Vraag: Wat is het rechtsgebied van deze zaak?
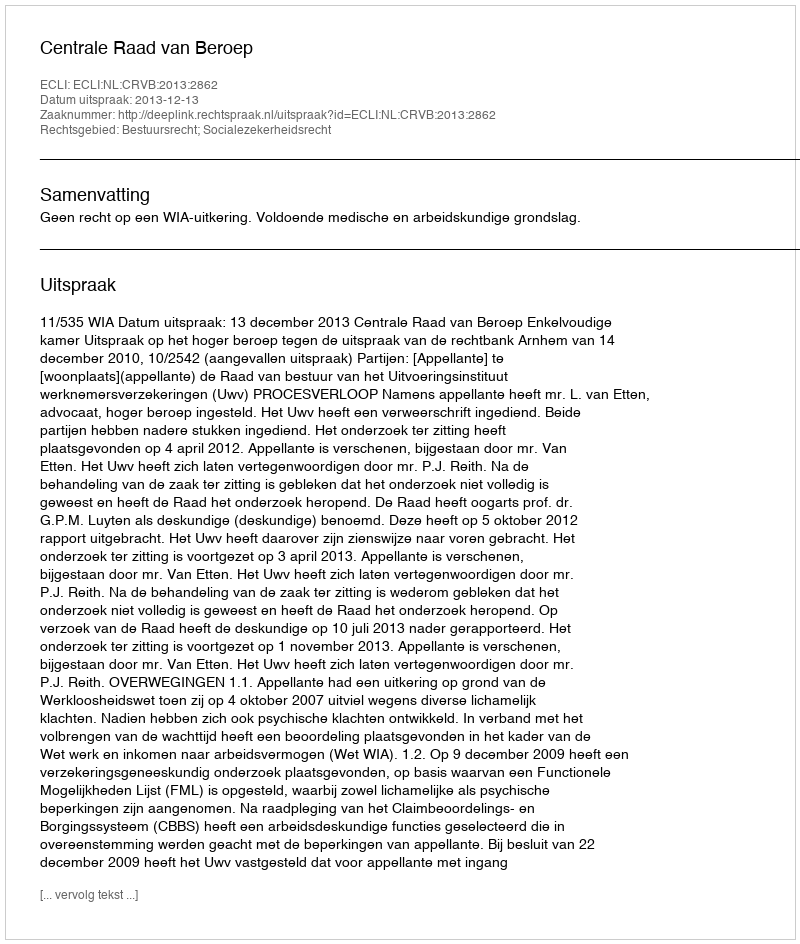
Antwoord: Bestuursrecht; Socialezekerheidsrecht